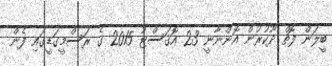
ބީލަން ފޮތް ދޫކުރުން އޮންނާނީ 23 އޮގަސްޓު 2015 ގެ ރަސްމީގަޑީގައި ފެން